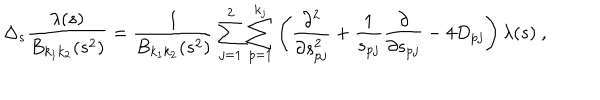
LaTeX: \Delta _ { s } \frac { \lambda ( s ) } { B _ { k _ { 1 } k _ { 2 } } ( s ^ { 2 } ) } = \frac { 1 } { B _ { k _ { 1 } k _ { 2 } } ( s ^ { 2 } ) } \sum _ { j = 1 } ^ { 2 } \sum _ { p = 1 } ^ { k _ { j } } \left( \frac { \partial ^ { 2 } } { \partial s _ { p j } ^ { 2 } } + \frac { 1 } { s _ { p j } } \frac { \partial } { \partial s _ { p j } } - 4 D _ { p j } \right) \lambda ( s ) \ ,